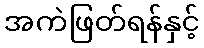
အကဲဖြတ်ရန်နှင့်